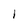
Character: 1